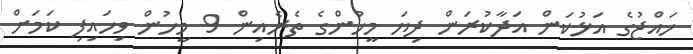
ހައްޖުގެ އަޅުކަން އަދާކުރަން ދިޔަ މީހުންގެ ތެރެއިން 9 މީހުން ވިހައިފި ކަމަށް